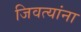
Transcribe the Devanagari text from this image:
जिवत्यांना